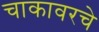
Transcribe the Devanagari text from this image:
चाकावरचे